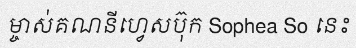
ម្ចាស់គណនីហ្វេសប៊ុក Sophea So នេះ